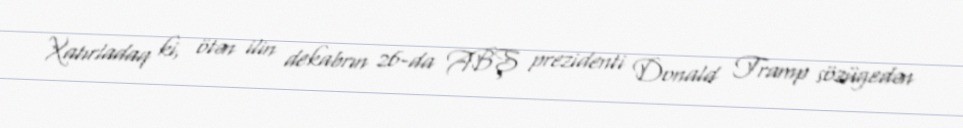
Xatırladaq ki, ötən ilin dekabrın 26-da ABŞ prezidenti Donald Tramp sözügedən